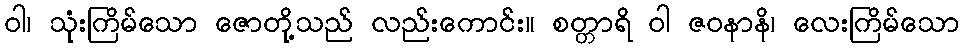
ဝါ၊ သုံးကြိမ်သော ဇောတို့သည် လည်းကောင်း။ စတ္တာရိ ဝါ ဇဝနာနိ၊ လေးကြိမ်သော